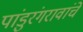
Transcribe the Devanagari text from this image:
पांडुरंगरावांचे